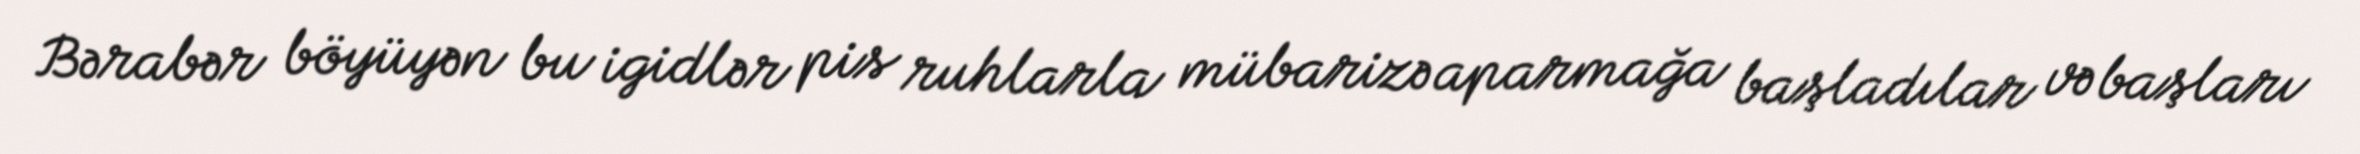
Bərabər böyüyən bu igidlər pis ruhlarla mübarizə aparmağa başladılar və başları